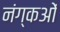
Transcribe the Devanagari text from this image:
नंग्‍कओं